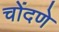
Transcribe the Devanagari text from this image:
चोंदणे